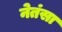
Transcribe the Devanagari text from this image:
नेतंसा